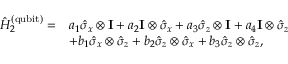
\begin{array} { r l } { \hat { H } _ { 2 } ^ { \mathrm { ( q u b i t ) } } = } & { a _ { 1 } \hat { \sigma } _ { x } \otimes \mathbf { I } + a _ { 2 } \mathbf { I } \otimes \hat { \sigma } _ { x } + a _ { 3 } \hat { \sigma } _ { z } \otimes \mathbf { I } + a _ { 4 } \mathbf { I } \otimes \hat { \sigma } _ { z } } \\ & { + b _ { 1 } \hat { \sigma } _ { x } \otimes \hat { \sigma } _ { z } + b _ { 2 } \hat { \sigma } _ { z } \otimes \hat { \sigma } _ { x } + b _ { 3 } \hat { \sigma } _ { z } \otimes \hat { \sigma } _ { z } , } \end{array}